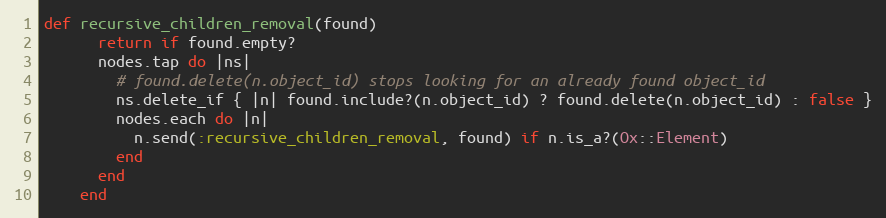
Language: Ruby
def recursive_children_removal(found)
      return if found.empty?
      nodes.tap do |ns|
        # found.delete(n.object_id) stops looking for an already found object_id
        ns.delete_if { |n| found.include?(n.object_id) ? found.delete(n.object_id) : false }
        nodes.each do |n|
          n.send(:recursive_children_removal, found) if n.is_a?(Ox::Element)
        end
      end
    end